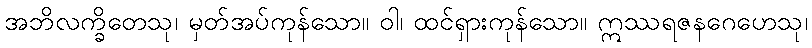
အဘိလက္ခိတေသု၊ မှတ်အပ်ကုန်သော။ ဝါ၊ ထင်ရှားကုန်သော။ ဣဿရဇနဂေဟေသု၊